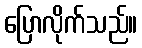
ပြောလိုက်သည်။